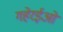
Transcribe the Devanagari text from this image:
गहेरईओं